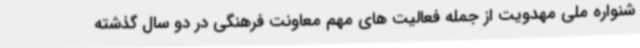
شنواره ملی مهدویت از جمله فعالیت های مهم معاونت فرهنگی در دو سال گذشته